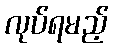
လုပ်ရမည့်